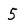
Character: 5